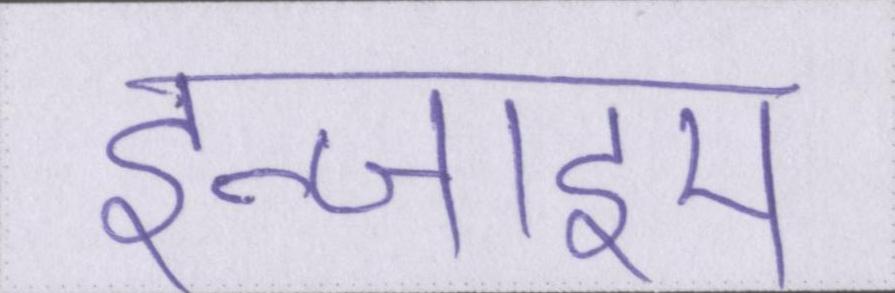
इन्जाइम